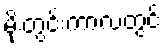
မိုးတွင်းကာလတွင်